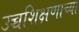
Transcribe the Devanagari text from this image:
उच्चशिक्षणाच्या